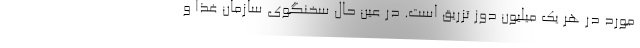
مورد در هر یک میلیون دوز تزریق است. در عین حال سخنگوی سازمان غذا و